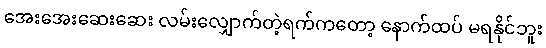
အေးအေးဆေးဆေး လမ်းလျှောက်တဲ့ရက်ကတော့ နောက်ထပ် မရနိုင်ဘူး